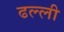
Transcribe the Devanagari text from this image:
ढल्ली